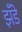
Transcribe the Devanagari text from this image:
झँडे